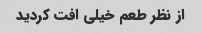
از نظر طعم خیلی افت کردید